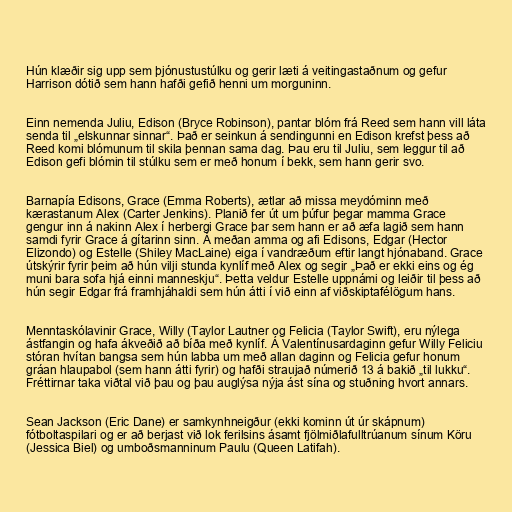
Hún klæðir sig upp sem þjónustustúlku og gerir læti á veitingastaðnum og gefur
Harrison dótið sem hann hafði gefið henni um morguninn.

Einn nemenda Juliu, Edison (Bryce Robinson), pantar blóm frá Reed sem hann vill láta
senda til „elskunnar sinnar“. Það er seinkun á sendingunni en Edison krefst þess að
Reed komi blómunum til skila þennan sama dag. Þau eru til Juliu, sem leggur til að
Edison gefi blómin til stúlku sem er með honum í bekk, sem hann gerir svo.

Barnapía Edisons, Grace (Emma Roberts), ætlar að missa meydóminn með
kærastanum Alex (Carter Jenkins). Planið fer út um þúfur þegar mamma Grace
gengur inn á nakinn Alex í herbergi Grace þar sem hann er að æfa lagið sem hann
samdi fyrir Grace á gítarinn sinn. Á meðan amma og afi Edisons, Edgar (Hector
Elizondo) og Estelle (Shiley MacLaine) eiga í vandræðum eftir langt hjónaband. Grace
útskýrir fyrir þeim að hún vilji stunda kynlíf með Alex og segir „Það er ekki eins og ég
muni bara sofa hjá einni manneskju“. Þetta veldur Estelle uppnámi og leiðir til þess að
hún segir Edgar frá framhjáhaldi sem hún átti í við einn af viðskiptafélögum hans.

Menntaskólavinir Grace, Willy (Taylor Lautner og Felicia (Taylor Swift), eru nýlega
ástfangin og hafa ákveðið að bíða með kynlíf. Á Valentínusardaginn gefur Willy Feliciu
stóran hvítan bangsa sem hún labba um með allan daginn og Felicia gefur honum
gráan hlaupabol (sem hann átti fyrir) og hafði straujað númerið 13 á bakið „til lukku“.
Fréttirnar taka viðtal við þau og þau auglýsa nýja ást sína og stuðning hvort annars.

Sean Jackson (Eric Dane) er samkynhneigður (ekki kominn út úr skápnum)
fótboltaspilari og er að berjast við lok ferilsins ásamt fjölmiðlafulltrúanum sínum Köru
(Jessica Biel) og umboðsmanninum Paulu (Queen Latifah).